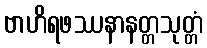
ဗာဟိရဖဿနာနတ္တသုတ္တံ